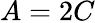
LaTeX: A=2C